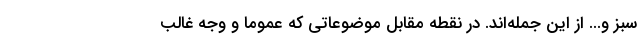
سبز و... از اين جمله‌اند. در نقطه مقابل موضوعاتي كه عموماً و وجه غالب